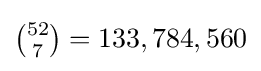
{\textstyle {52 \choose 7}=133,784,560}